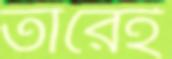
তীরেই